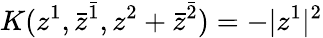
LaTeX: K(z^{1},\bar{z}^{\bar{1}},z^{2}+\bar{z}^{\bar{2}})=-|z^{1}|^{2}